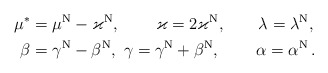
\begin{align*}\mu^*&=\mu^{\rm N}-\varkappa^{\rm N},\qquad\, \varkappa=2\varkappa^{\rm N},\qquad\lambda=\lambda^{\rm N}, \\\beta &=\gamma^{\rm N}-\beta^{\rm N}, \ \gamma =\gamma^{\rm N}+\beta^{\rm N}, \,\qquad\alpha =\alpha ^{\rm N}\,.\end{align*}